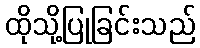
ထိုသို့ပြုခြင်းသည်